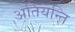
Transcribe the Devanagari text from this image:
अतियन्ति